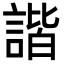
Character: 諧